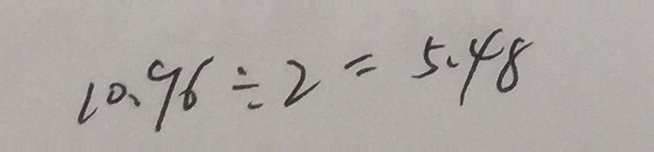
1 0 . 9 6 \div 2 = 5 . 4 8